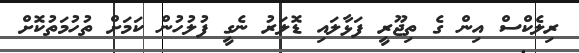
ރިލެކްސް އިން ގެ ތިޖޫރީ ފަޅާލައި ޑޮލަރު ނެގީ ފުލުހުން ކަމަށް ތުހުމަތުކޮށް